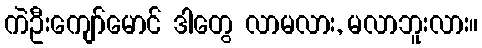
ကဲဦးကျော်မောင် ဒါတွေ လာမလား, မလာဘူးလား။